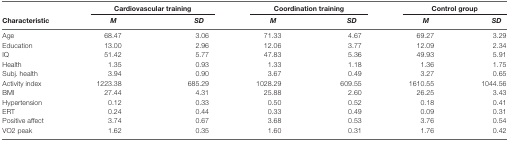
|  | <COLSPAN=2> Cardiovascular training | <COLSPAN=2> Coordination training | <COLSPAN=2> Control group |
 | Characteristic | M | SD | M | SD | M | SD |
 | --- | --- | --- | --- | --- | --- | --- |
 | Age | 68.47 | 3.06 | 71.33 | 4.67 | 69.27 | 3.29 |
 | Education | 13.00 | 2.96 | 12.06 | 3.77 | 12.09 | 2.34 |
 | IQ | 51.42 | 5.77 | 47.83 | 5.36 | 49.93 | 5.91 |
 | Health | 1.35 | 0.93 | 1.33 | 1.18 | 1.36 | 1.75 |
 | Subj. health | 3.94 | 0.90 | 3.67 | 0.49 | 3.27 | 0.65 |
 | Activity index | 1223.38 | 685.29 | 1028.29 | 609.55 | 1610.55 | 1044.56 |
 | BMI | 27.44 | 4.31 | 25.88 | 2.60 | 26.25 | 3.43 |
 | Hypertension | 0.12 | 0.33 | 0.50 | 0.52 | 0.18 | 0.41 |
 | ERT | 0.24 | 0.44 | 0.33 | 0.49 | 0.09 | 0.31 |
 | Positive affect | 3.74 | 0.67 | 3.68 | 0.53 | 3.76 | 0.54 |
 | VO2 peak | 1.62 | 0.35 | 1.60 | 0.31 | 1.76 | 0.42 |